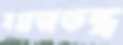
সমাজতন্ত্র